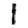
Digit: 1